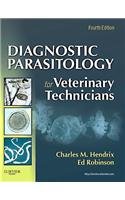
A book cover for Diagnostic Parasitology for Veterinary Technicians; Charles M., Ph.D. / Robinson, Ed Hendrix; Medical Books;